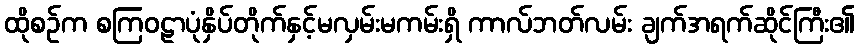
ထိုစဉ်က စကြဝဠာပုံနှိပ်တိုက်နှင့်မလှမ်းမကမ်းရှိ ကာလ်ဘတ်လမ်း ချက်အရက်ဆိုင်ကြီး၏